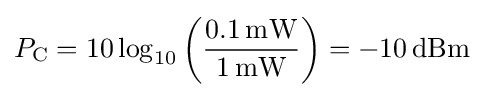
P_{\mathrm {C} }=10\log _{10}\left({\frac {0{.}1\,\mathrm {mW} }{1\,\mathrm {mW} }}\right)=-10\,\mathrm {dBm}